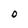
Character: O